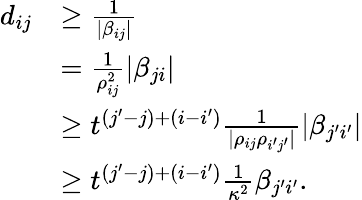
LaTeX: \begin{array}{rl}{d_{ij}}&{\geq\frac{1}{|\beta_{ij}|}}\\ &{=\frac{1}{\rho_{ij}^{2}}|\beta_{ji}|}\\ &{\geq t^{(j^{\prime}-j)+(i-i^{\prime})}\frac{1}{|\rho_{ij}\rho_{i^{\prime}j^{\prime}}|}|\beta_{j^{\prime}i^{\prime}}|}\\ &{\geq t^{(j^{\prime}-j)+(i-i^{\prime})}\frac{1}{\kappa^{2}}\beta_{j^{\prime}i^{\prime}}.}\end{array}